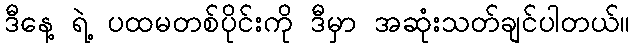
ဒီနေ့ ရဲ့ ပထမတစ်ပိုင်းကို ဒီမှာ အဆုံးသတ်ချင်ပါတယ်။